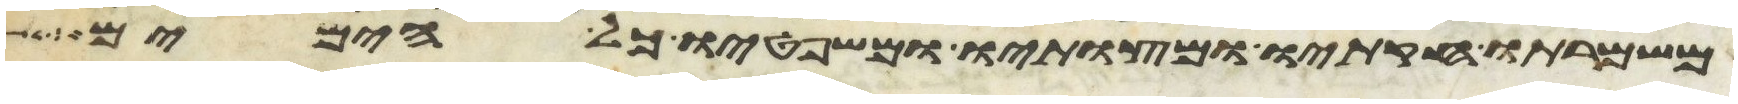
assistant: משמרתו חקתיו ומצותיו ומשפטיו כל הימים